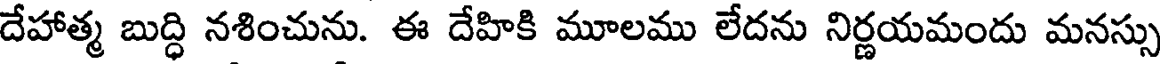
దేహాత్మ బుద్ధి నశించును. ఈ దేహికి మూలము లేదను నిర్ణయమందు మనస్సు